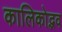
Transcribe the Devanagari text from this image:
कालिकोद्भव